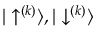
{ | \uparrow ^ { ( k ) } \rangle , | \downarrow ^ { ( k ) } \rangle }